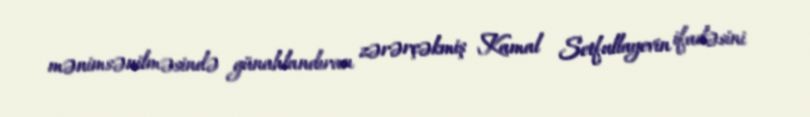
mənimsənilməsində günahlandıran zərərçəkmiş Kamal Setfullayevin ifadəsini